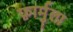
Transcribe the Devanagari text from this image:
फ़ार्मुला